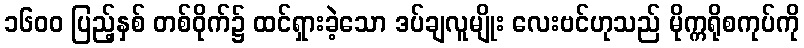
၁၆၀၀ ပြည့်နှစ် တစ်ဝိုက်၌ ထင်ရှားခဲ့သော ဒပ်ချလူမျိုး လေးဗင်ဟုသည် မိုက္ကရိုစကုပ်ကို